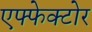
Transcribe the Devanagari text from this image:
एफ्फेक्टोर